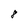
Character: 8